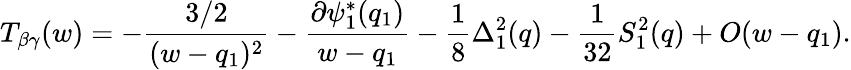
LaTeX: T_{\beta\gamma}(w)=-{\frac{3/2}{(w-q_{1})^{2}}}-{\frac{\partial\psi_{1}^{*}(q_{1})}{w-q_{1}}}-{\frac{1}{8}}\Delta_{1}^{2}(q)-{\frac{1}{32}}S_{1}^{2}(q)+O(w-q_{1}).